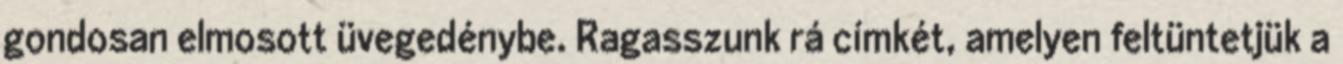
gondosan elmosott üvegedénybe. Ragasszunk rá címkét, amelyen feltüntetjük a